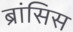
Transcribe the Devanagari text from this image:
ब्रांसिस